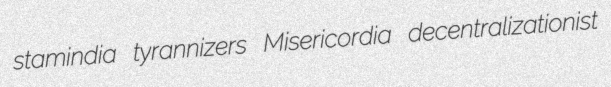
stamindia tyrannizers Misericordia decentralizationist